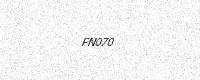
Text: FN070